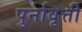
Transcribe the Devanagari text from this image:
पुर्नावृत्ती